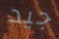
جيد